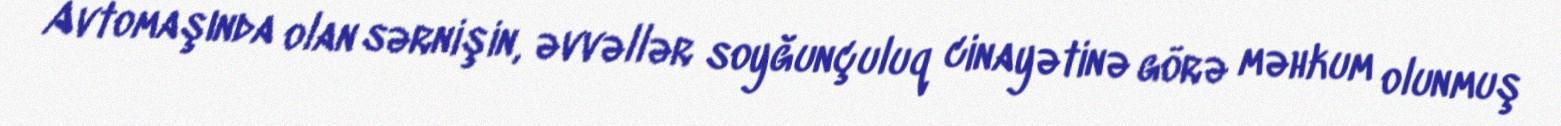
Avtomaşında olan sərnişin, əvvəllər soyğunçuluq cinayətinə görə məhkum olunmuş